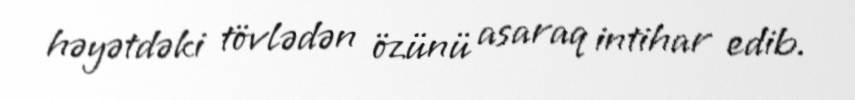
həyətdəki tövlədən özünü asaraq intihar edib.